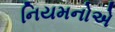
નિયમનોએ